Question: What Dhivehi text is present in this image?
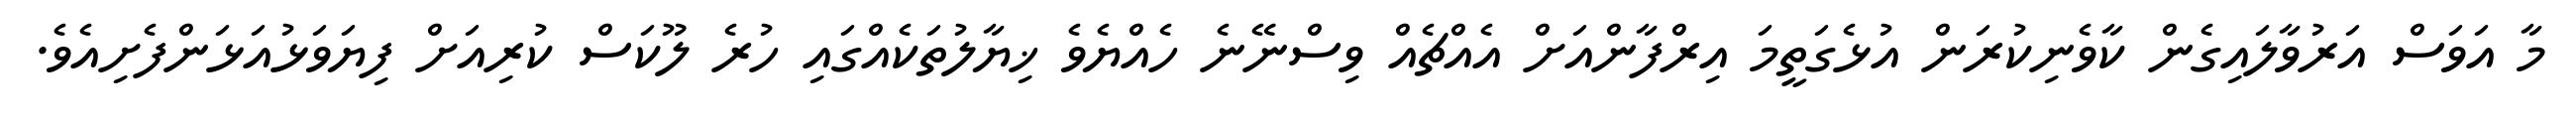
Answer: މާ އަވަސް އަރުވާލައިގެން ކާވެނިކުރަން އުޅެގަތީމަ އިރްފާންއަށް އެއްޗެއް ވިސްނޭނެ ހެއްޔެވެ ޚިޔާލުތަކެއްގައި ހުރެ ލޫކަސް ކުރިއަށް ފިޔަވަޅުއަޅަންފެށިއެވެ.